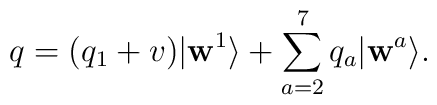
q = (q_1 + v) | \mathbf{w}^1 \rangle + \sum_{a=2}^{7}{q_a | \mathbf{w}^a \rangle}.